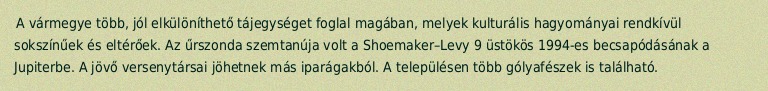
A vármegye több, jól elkülöníthető tájegységet foglal magában, melyek kulturális hagyományai rendkívül sokszínűek és eltérőek. Az űrszonda szemtanúja volt a Shoemaker–Levy 9 üstökös 1994-es becsapódásának a Jupiterbe. A jövő versenytársai jöhetnek más iparágakból. A településen több gólyafészek is található.